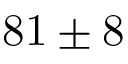
8 1 \pm 8